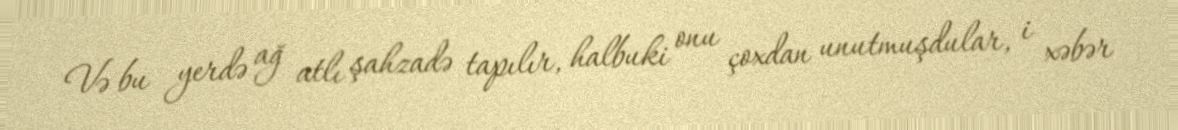
Və bu yerdə ağ atlı şahzadə tapılır, halbuki onu çoxdan unutmuşdular, i xəbər